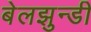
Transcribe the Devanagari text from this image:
बेलझुन्डी